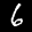
Label: 6